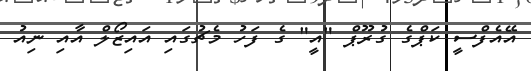
އޭއެފްސީ ކަޕްގެ ގުރޫޕް "އީ" ގެ ފަހު މެޗުގައި އައިޒޯލް އާއި ނިއު